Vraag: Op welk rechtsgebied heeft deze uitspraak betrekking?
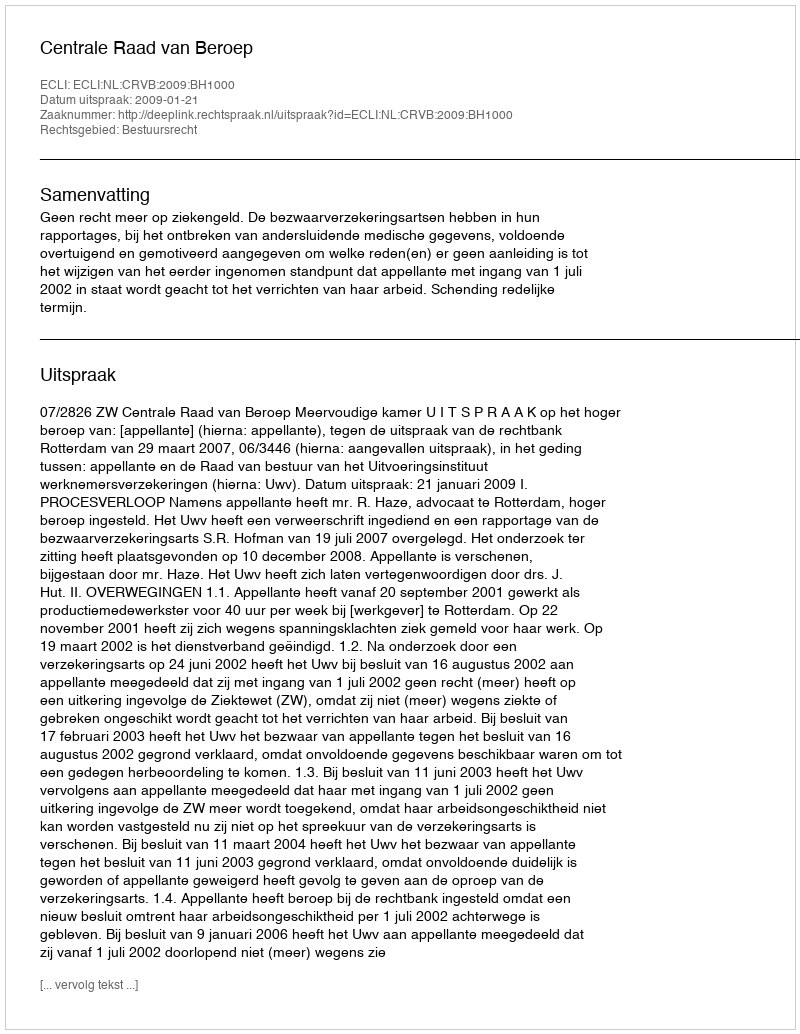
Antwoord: Bestuursrecht